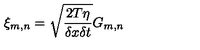
\xi _ { m , n } = \sqrt { \frac { 2 T \eta } { \delta x \delta t } } G _ { m , n }